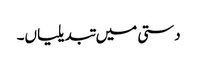
دستی میں تبدیلیاں۔